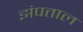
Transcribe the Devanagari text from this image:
झंपताल